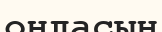
оңласын